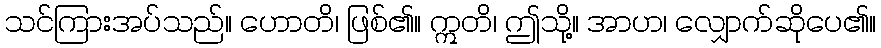
သင်ကြားအပ်သည်။ ဟောတိ၊ ဖြစ်၏။ ဣတိ၊ ဤသို့။ အာဟ၊ လျှောက်ဆိုပေ၏။